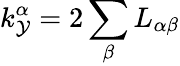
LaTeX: k_{\mathcal{Y}}^{\alpha}=2\sum_{\beta}L_{\alpha\beta}